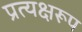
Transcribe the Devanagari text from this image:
प्रत्यक्षरूप